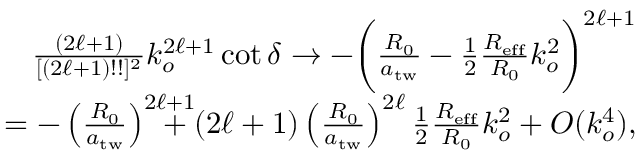
\begin{array} { r l r } & { } & { \frac { ( 2 \ell + 1 ) } { [ ( 2 \ell + 1 ) ! ! ] ^ { 2 } } k _ { o } ^ { 2 \ell + 1 } \cot \delta \rightarrow - \bigg ( \frac { R _ { 0 } } { a _ { \mathrm { t w } } } - \frac { 1 } { 2 } \frac { R _ { \mathrm { e f f } } } { R _ { 0 } } k _ { o } ^ { 2 } \bigg ) ^ { 2 \ell + 1 } } \\ & { } & { = - \left( \frac { R _ { 0 } } { a _ { \mathrm { t w } } } \right) ^ { 2 \ell + 1 } \! \! \! \! \! \! \! \! + ( 2 \ell + 1 ) \left( \frac { R _ { 0 } } { a _ { \mathrm { t w } } } \right) ^ { 2 \ell } \frac { 1 } { 2 } \frac { R _ { \mathrm { e f f } } } { R _ { 0 } } k _ { o } ^ { 2 } + { \cal O } ( k _ { o } ^ { 4 } ) , } \end{array}